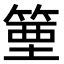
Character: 𥯑